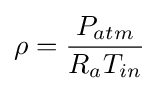
\rho ={\frac {P_{atm}}{R_{a}T_{in}}}